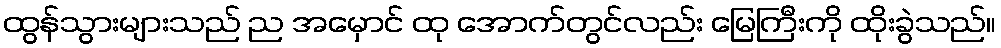
ထွန်သွားများသည် ည အမှောင် ထု အောက်တွင်လည်း မြေကြီးကို ထိုးခွဲသည်။